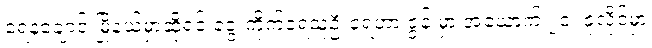
ရေနံချောင်းမြို့နယ်မှာဆိုရင် ခွေးကိုက်ခံရသူဦးရေဟာ ဇွန် မှာ အယောက် ၂၀၊ ဇူလိုင်မှာ